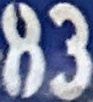
83